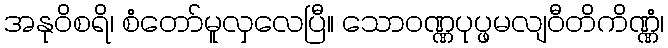
အနုဝိစရိ၊ စံတော်မူလှလေပြီ။ သောဝဏ္ဏပုပ္ဖမလျဝီတိကိဏ္ဏံ၊